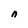
Character: n